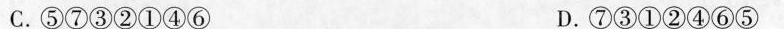
C.⑤⑦③②①④⑥ D.⑦③①②④⑥⑤